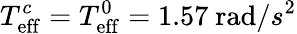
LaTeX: T_{\mathrm{eff}}^{c}=T_{\mathrm{eff}}^{0}=1.57\ \mathrm{rad}/s^{2}